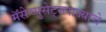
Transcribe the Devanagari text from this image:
मॅसेच्युसेट्सराज्याचे